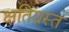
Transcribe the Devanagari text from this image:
क्षतिग्रस्‍त